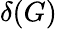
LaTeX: \delta(G)